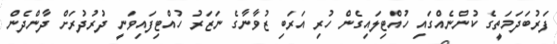
ފަރުބަދަމަތީގެ ކުންނެއްގައި ހުއްޓިލައިގެން ހުރި އަރަބި ޒުވާނާގެ ނަޒަރު ހުއްޓިފައިވަނީ ދުރުދުރަށް ދާންދެން